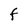
Character: F